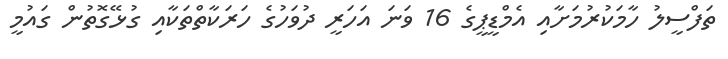
ތަފްސީލު ހާމަކުރުމަށާއި އެމްޑީޕީގެ 16 ވަނަ އަހަރީ ދުވަހުގެ ހަރަކާތްތަކާއި ގުޅޭގޮތުން ގައުމީ